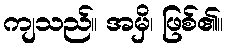
ကျသည်။ အမှိ၊ ဖြစ်၏။